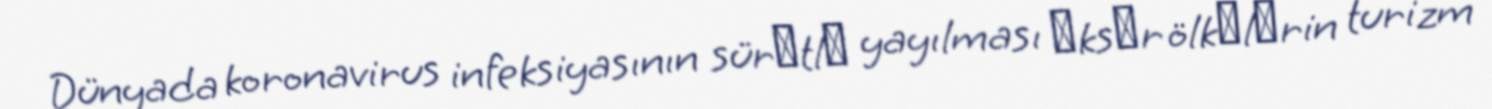
Dünyada koronavirus infeksiyasının sürәtlә yayılması әksәr ölkәlәrin turizm